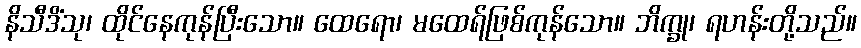
နိသီဒိံသု၊ ထိုင်နေကုန်ပြီးသော။ ထေရော၊ မထေရ်ဖြစ်ကုန်သော။ ဘိက္ခု၊ ရဟန်းတို့သည်။